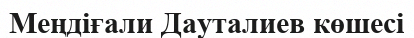
Меңдіғали Дауталиев көшесі